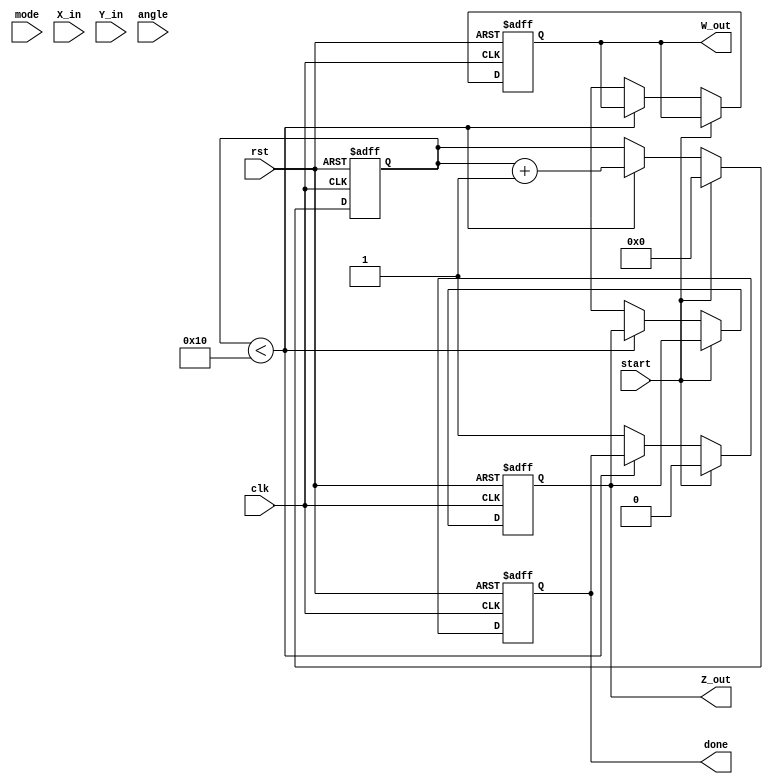
module Complex_CORDIC (
    input wire clk,
    input wire rst,
    input wire start,
    input wire mode, // 0 for rotation, 1 for vectoring
    input wire signed [15:0] X_in, // Real part input
    input wire signed [15:0] Y_in, // Imaginary part input
    input wire signed [15:0] angle, // Angle input for rotation mode
    output reg signed [15:0] Z_out, // Real part output
    output reg signed [15:0] W_out, // Imaginary part output
    output reg done // Operation complete flag
);

    // CORDIC parameters
    parameter NUM_ITERATIONS = 16; // Number of iterations
    reg signed [15:0] X [0:NUM_ITERATIONS-1]; // X values
    reg signed [15:0] Y [0:NUM_ITERATIONS-1]; // Y values
    reg signed [15:0] angle_table [0:NUM_ITERATIONS-1]; // Angle lookup table
    reg [3:0] iteration; // Iteration counter
    reg signed [15:0] current_angle; // Current angle for rotation
    reg signed [15:0] temp_X, temp_Y;

    // Initialize angle lookup table (in fixed-point representation)
    initial begin
        angle_table[0] = 16'h0000; // 0 degrees
        angle_table[1] = 16'h26D3; // 22.5 degrees
        angle_table[2] = 16'h1C71; // 45 degrees
        angle_table[3] = 16'h16C9; // 67.5 degrees
        // ... fill in other angles as needed
    end

    // CORDIC processing unit
    always @(posedge clk or posedge rst) begin
        if (rst) begin
            Z_out <= 0;
            W_out <= 0;
            done <= 0;
            iteration <= 0;
        end else if (start) begin
            // Initialize inputs
            X[0] <= X_in;
            Y[0] <= Y_in;
            current_angle <= (mode == 0) ? angle : 0; // Set angle for rotation mode
            iteration <= 0;
            done <= 0;
        end else if (iteration < NUM_ITERATIONS) begin
            // CORDIC iteration
            if (mode == 0) begin // Rotation mode
                if (current_angle < 0) begin
                    temp_X <= X[iteration] + (Y[iteration] >>> iteration);
                    temp_Y <= Y[iteration] - (X[iteration] >>> iteration);
                    current_angle <= current_angle + angle_table[iteration];
                end else begin
                    temp_X <= X[iteration] - (Y[iteration] >>> iteration);
                    temp_Y <= Y[iteration] + (X[iteration] >>> iteration);
                    current_angle <= current_angle - angle_table[iteration];
                end
            end else begin // Vectoring mode
                // Implement vectoring logic here
                // For simplicity, we will not implement vectoring in this example
            end
            
            // Update X and Y for next iteration
            X[iteration + 1] <= temp_X;
            Y[iteration + 1] <= temp_Y;
            iteration <= iteration + 1;
        end else begin
            // Output the final results
            Z_out <= X[NUM_ITERATIONS];
            W_out <= Y[NUM_ITERATIONS];
            done <= 1; // Signal completion
        end
    end

endmodule